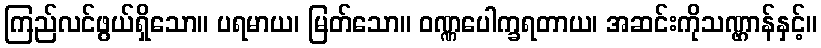
ကြည်လင်ဖွယ်ရှိသော။ ပရမာယ၊ မြတ်သော။ ဝဏ္ဏပေါက္ခရတာယ၊ အဆင်းကိုသဏ္ဌာန်နှင့်။